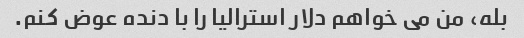
بله، من می خواهم دلار استرالیا را با دنده عوض کنم.